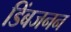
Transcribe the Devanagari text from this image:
डिंबजनन